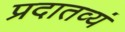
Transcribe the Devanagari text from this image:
प्रदातव्यं